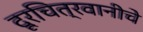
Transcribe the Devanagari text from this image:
दूरचित्रवानीचे